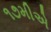
૧૭મીએ